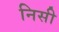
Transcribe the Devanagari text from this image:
निसी